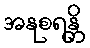
အနုစရန္တိ